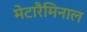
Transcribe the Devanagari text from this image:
मेटारैमिनाल